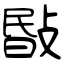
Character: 敯